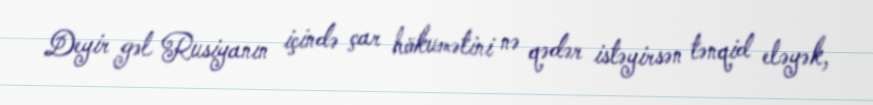
Deyir gəl Rusiyanın içində çar hökumətini nə qədər istəyirsən tənqid eləyək,